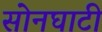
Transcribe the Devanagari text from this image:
सोनघाटी